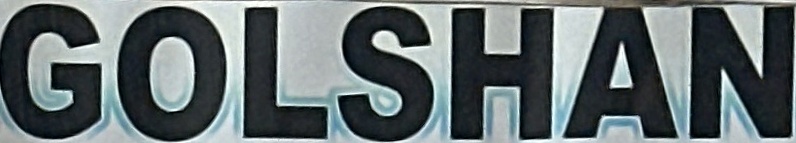
GOLSHAN